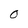
Character: O